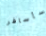
سأسافر